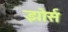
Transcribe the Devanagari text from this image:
झोर्स